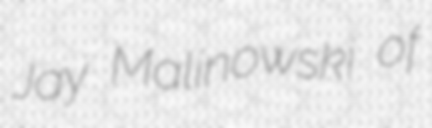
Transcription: Jay Malinowski of